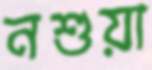
নশুয়া